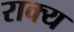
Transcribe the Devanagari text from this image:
राक्य